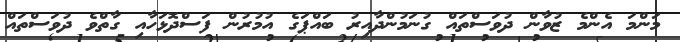
މަންމަ އެންމެ ޒުވާން ދުވަސްތައް ގުނަމުންދާއިރު ބައްޕަގެ އުމުރުން ފަސްދޮޅަހާއި ގާތްވެ ދުވަސްތައް